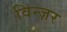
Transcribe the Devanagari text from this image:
विन्ज़र